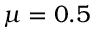
\mu = 0 . 5